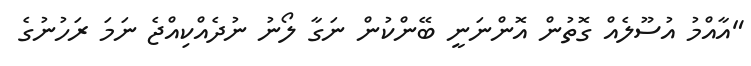
"އާއްމު އުސޫލެއް ގޮތުން އޮންނަނީ ބޭންކުން ނަގާ ލޯނު ނުދެއްކިއްޖެ ނަމަ ރަހުނުގެ